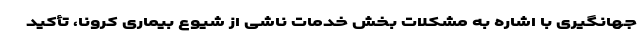
جهانگیری با اشاره به مشکلات بخش خدمات ناشی از شیوع بیماری کرونا، تأکید